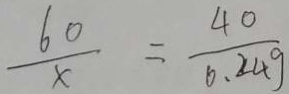
\frac { 6 0 } { x } = \frac { 4 0 } { 0 . 2 4 g }